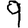
Digit: 9